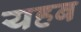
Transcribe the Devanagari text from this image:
यहब